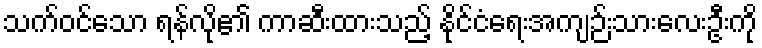
သက်ဝင်သော ရန်လို၏ ကာဆီးထားသည့် နိုင်ငံရေးအကျဉ်းသားလေးဦးကို